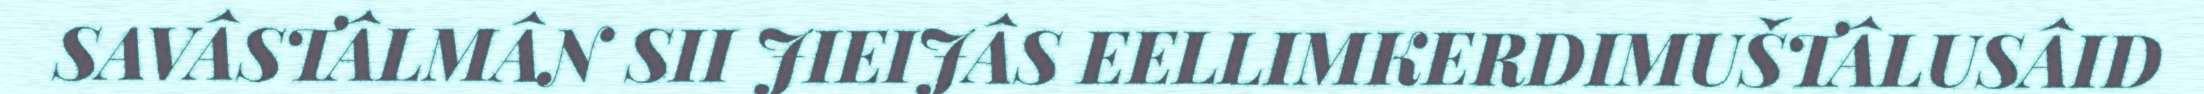
SAVÂSTÂLMÂN SII JIEIJÂS EELLIMKERDIMUŠTÂLUSÂID